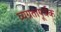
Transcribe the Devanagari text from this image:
व्यग्रतापूर्वक